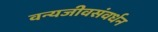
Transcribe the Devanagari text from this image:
वन्यजीवसंवर्धन